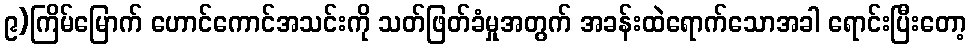
၉)ကြိမ်မြောက် ဟောင်ကောင်အသင်းကို သတ်ဖြတ်ခံမှုအတွက် အခန်းထဲရောက်သောအခါ ရောင်းပြီးတော့